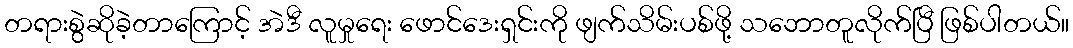
တရားစွဲဆိုခဲ့တာကြောင့် အဲဒီ လူမှုရေး ဖောင်ဒေးရှင်းကို ဖျက်သိမ်းပစ်ဖို့ သဘောတူလိုက်ပြီ ဖြစ်ပါတယ်။